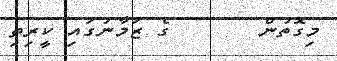
މިގޮތުން       ގެ ޒަމާނުގައި ކީރިތި